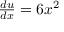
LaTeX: \textstyle { \frac { d u } { d x } } = 6 x ^ { 2 }